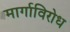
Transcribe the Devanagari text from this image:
मार्गाविरोध